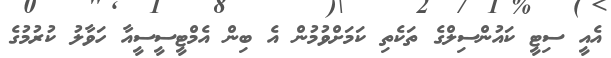
އެއީ ސިޓީ ކައުންސިލްގެ ތަކެތި ކަމަށްވުމުން އެ ބިން އެމްޓީސީސީއާ ހަވާލު ކުރުމުގެ